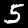
Digit: 5